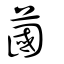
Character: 蔮